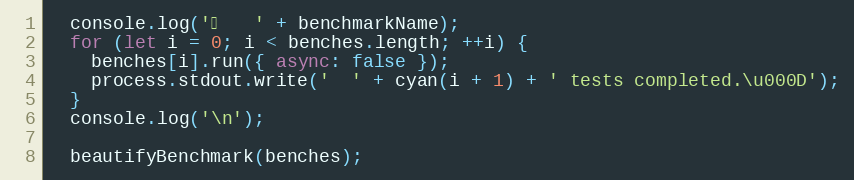
Language: JavaScript
  console.log('⏱️   ' + benchmarkName);
  for (let i = 0; i < benches.length; ++i) {
    benches[i].run({ async: false });
    process.stdout.write('  ' + cyan(i + 1) + ' tests completed.\u000D');
  }
  console.log('\n');

  beautifyBenchmark(benches);